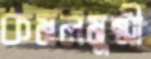
কমলমুন্সী